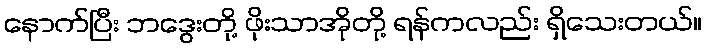
နောက်ပြီး ဘဒွေးတို့ ဖိုးသာအိုတို့ ရန်ကလည်း ရှိသေးတယ်။